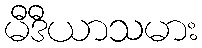
မီဒီယာသမား